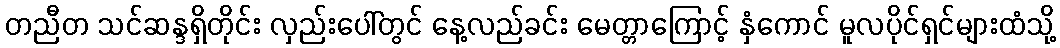
တညီတ သင်ဆန္ဒရှိတိုင်း လှည်းပေါ်တွင် နေ့လည်ခင်း မေတ္တာကြောင့် နှံကောင် မူလပိုင်ရှင်များထံသို့